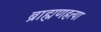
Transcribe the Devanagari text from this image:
ब्राह्मणहत्या